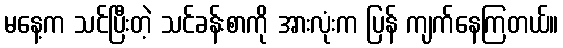
မနေ့က သင်ပြီးတဲ့ သင်ခန်းစာကို အားလုံးက ပြန် ကျက်နေကြတယ်။